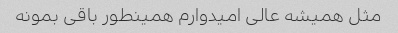
مثل همیشه عالی امیدوارم همینطور باقی بمونه